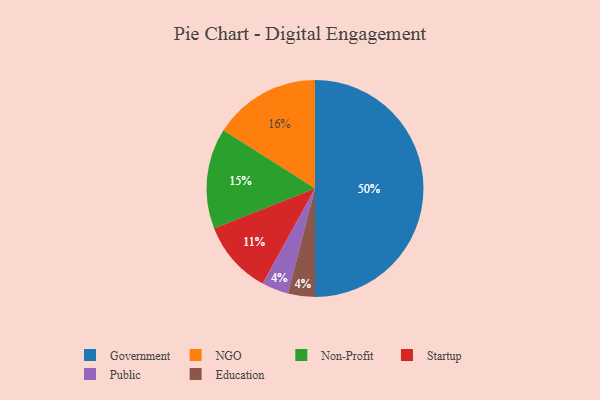
{"axis": {"x": "Category", "y": "Percentage"}, "legend": ["Education", "Government", "NGO", "Non-Profit", "Public", "Startup"], "data": [{"x": "Public", "y": 4, "type": "Public"}, {"x": "Non-Profit", "y": 15, "type": "Non-Profit"}, {"x": "Government", "y": 50, "type": "Government"}, {"x": "NGO", "y": 16, "type": "NGO"}, {"x": "Startup", "y": 11, "type": "Startup"}, {"x": "Education", "y": 4, "type": "Education"}]}